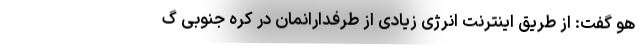
هو گفت: از طریق اینترنت انرژی زیادی از طرفدارانمان در کره جنوبی گ